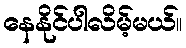
နေနိုင်ပါလိမ့်မယ်။